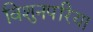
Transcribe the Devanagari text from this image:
विशुनपरिया